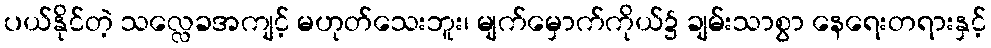
ပယ်နိုင်တဲ့ သလ္လေခအကျင့် မဟုတ်သေးဘူး၊ မျက်မှောက်ကိုယ်၌ ချမ်းသာစွာ နေရေးတရားနှင့်